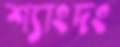
শ্যাংদং